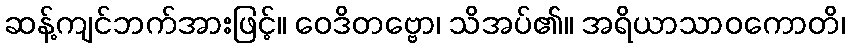
ဆန့်ကျင်ဘက်အားဖြင့်။ ဝေဒိတဗ္ဗော၊ သိအပ်၏။ အရိယာသာဝကောတိ၊